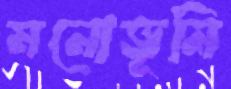
মনোভূমি